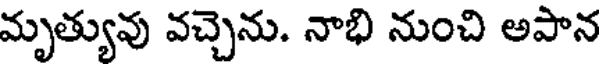
మృత్యువు వచ్చెను. నాభి నుంచి అపాన